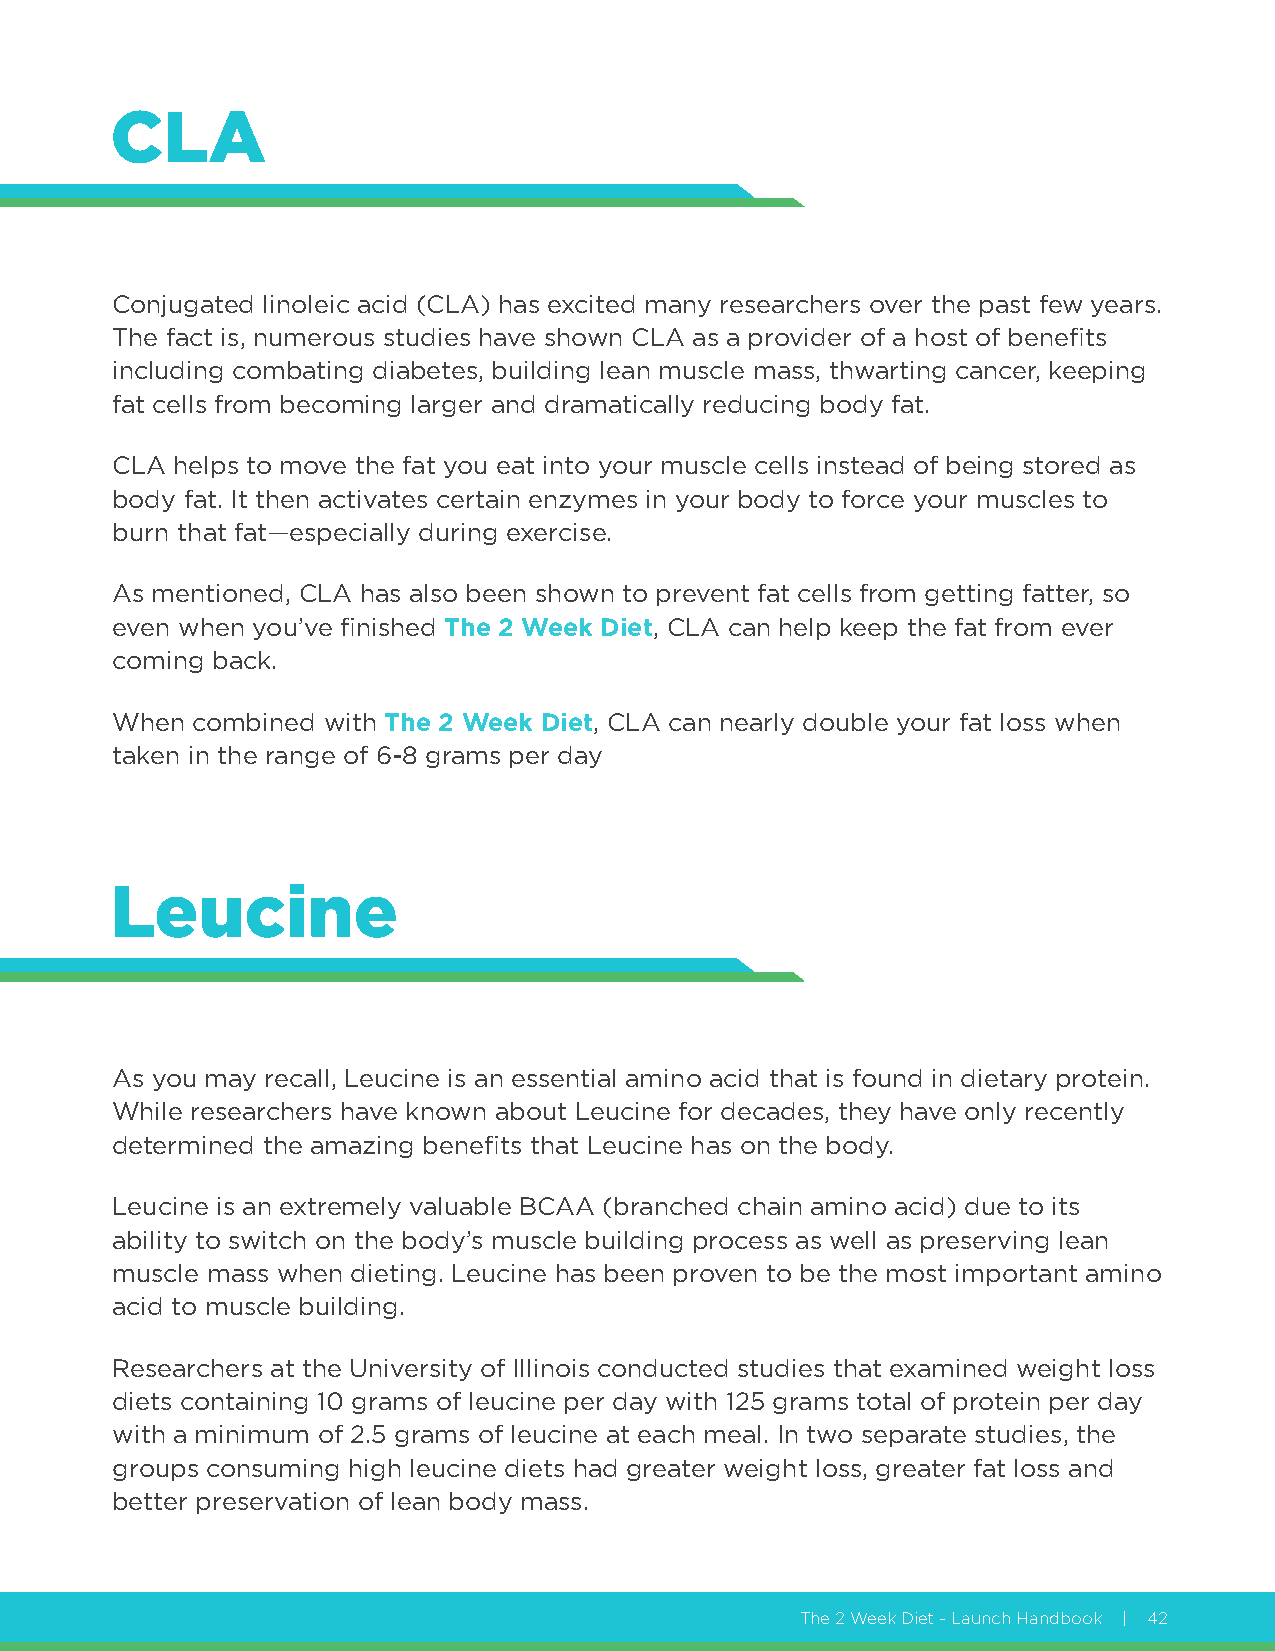
CLA
 Conjugated linoleic acid (CLA) has excited many researchers over the past few years.
 The fact is, numerous studies have shown CLA as a provider of a host of benefits
 including combating diabetes, building lean muscle mass, thwarting cancer, keeping
 fat cells from becoming larger and dramatically reducing body fat.
 CLA helps to move the fat you eat into your muscle cells instead of being stored as
 body fat. It then activates certain enzymes in your body to force your muscles to
 burn that fat—especially during exercise.
 As mentioned, CLA has also been shown to prevent fat cells from getting fatter, so
 even when you’ve finished The 2 Week Diet, CLA can help keep the fat from ever
 coming back.
 When  combined with The 2 Week Diet, CLA can nearly double your fat loss when
 taken in the range of 6-8 grams per day
 Leucine
 As you may recall, Leucine is an essential amino acid that is found in dietary protein.
 While researchers have known about Leucine for decades, they have only recently
 determined the amazing benefits that Leucine has on the body.
 Leucine is an extremely valuable BCAA (branched chain amino acid) due to its
 ability to switch on the body’s muscle building process as well as preserving lean
 muscle mass when dieting. Leucine has been proven to be the most important amino
 acid to muscle building.
 Researchers at the University of Illinois conducted studies that examined weight loss
 diets containing 10 grams of leucine per day with 125 grams total of protein per day
 with a minimum of 2.5 grams of leucine at each meal. In two separate studies, the
 groups consuming high leucine diets had greater weight loss, greater fat loss and
 better preservation of lean body mass.
 The 2 Week Diet - Launch Handbook | 42